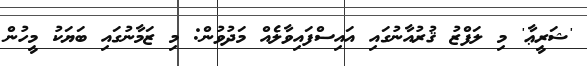
'ޝަރީޢާ' މި ލަފްޒު ޤުރުއާނުގައި އައިސްފައިވާލެއް މަދުވުން: މި ޒަމާނުގައި ބަޔަކު މީހުން